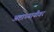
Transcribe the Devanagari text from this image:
अष्टाध्यायीवर